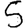
Digit: 5